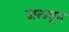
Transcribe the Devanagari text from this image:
जळवून